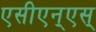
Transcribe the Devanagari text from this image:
एसीएन्एस्